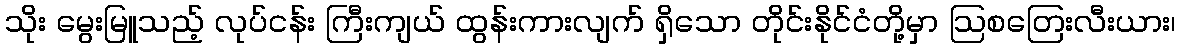
သိုး မွေးမြူသည့် လုပ်ငန်း ကြီးကျယ် ထွန်းကားလျက် ရှိသော တိုင်းနိုင်ငံတို့မှာ ဩစတြေးလီးယား၊